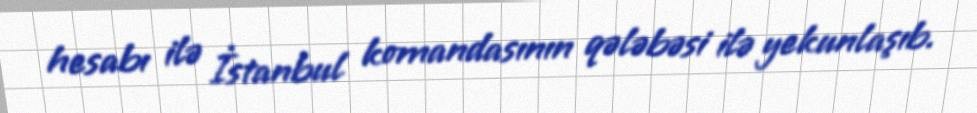
hesabı ilə İstanbul komandasının qələbəsi ilə yekunlaşıb.